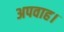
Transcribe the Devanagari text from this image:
अपवाह।